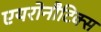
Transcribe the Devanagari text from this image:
एयरोनौटिक्स